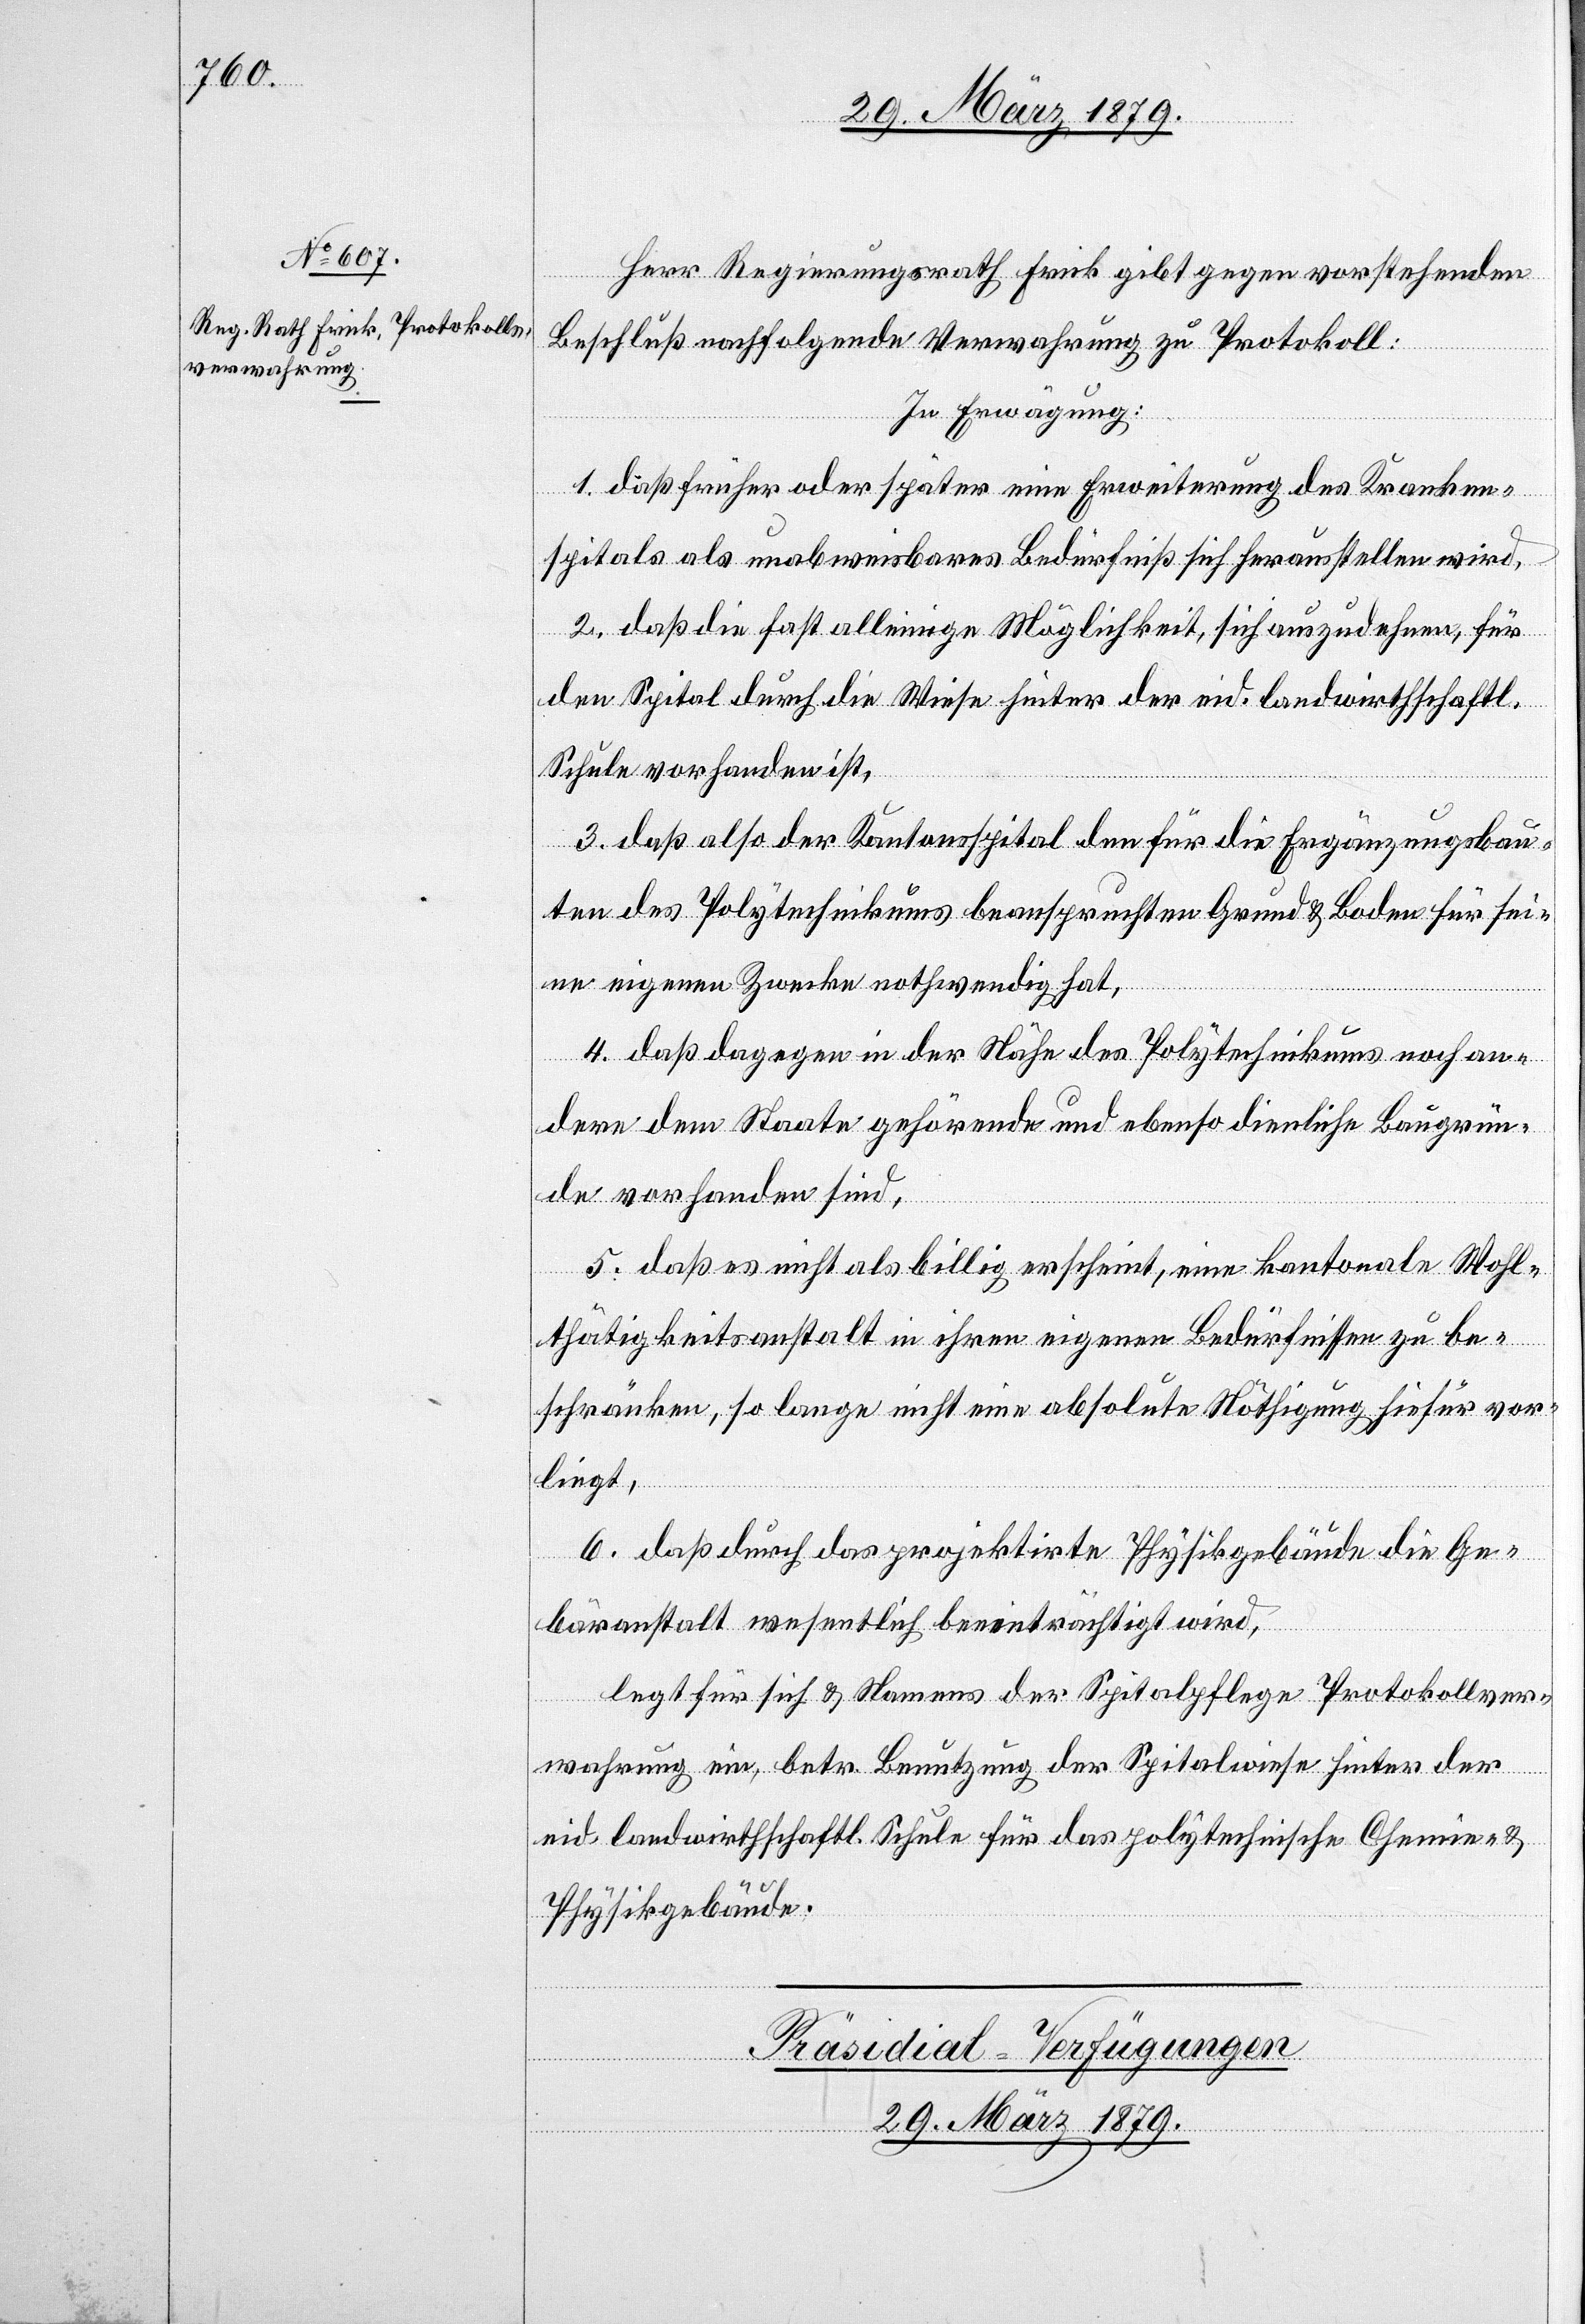
29. März 1879
Herr Regierungsrath Frick gibt gegen vorstehenden
Beschluß nachfolgende Verwahrung zu Protokoll:
In Erwägung:
1. daß früher oder später eine Erweiterung des Kranken¬
spitals als unabweisbares Bedürfniß sich herausstellen wird,
2. daß die fast alleinige Möglichkeit, sich auszudehnen, für
den Spital durch die Wiese hinter der eid. landwirthschaftl.
Schule vorhanden ist,
3. daß also der Kantonsspital den für die Ergänzungsbau¬
ten des Polytechnikums beanspruchten Grund & Boden für sei¬
nen eigenen Zwecke nothwendig hat,
4. daß dagegen in der Nähe des Polytechnikums noch an¬
dere dem Staate gehörende und ebenso dienliche Baugrün¬
de vorhanden sind,
5. daß es nicht als billig erscheint, eine kantonale Wohl¬
thätigkeitsanstalt in ihren eigenen Bedürfnissen zu be¬
schränken, so lange nicht eine absolute Nöthigung hiefür vor¬
liegt,
6. daß durch das projektirte Physikgebäude die Ge¬
bäranstalt wesentlich beeinträchtigt wird,
legt für sich & Namens der Spitalpflege Protokollsver¬
wahrung ein, betr. Benutzung der Spitalwiese hinter der
landwirthschaftl. Schule für das polytechnische Chemie- &
Physikgebäude.
Präsidial-Verfügungen